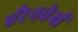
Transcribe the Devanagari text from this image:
एरैनवेर्ख